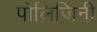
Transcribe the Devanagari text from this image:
पोलिजिनी